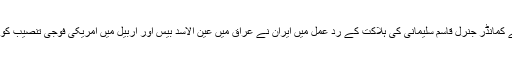
امریکی ڈرون حملے میں ایرانی قدس فورس کے کمانڈر جنرل قاسم سلیمانی کی ہلاکت کے ردِ عمل میں ایران نے عراق میں عین الاسد بیس اور اربیل میں امریکی فوجی تنصیب کو نشانہ بنایا تھا جہاں امریکی فوجی موجود تھے۔